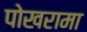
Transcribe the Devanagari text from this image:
पोखरामा